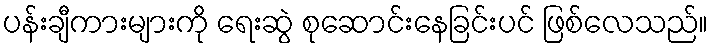
ပန်းချီကားများကို ရေးဆွဲ စုဆောင်းနေခြင်းပင် ဖြစ်လေသည်။